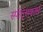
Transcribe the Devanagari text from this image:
स्पोर्ट्सकार्स